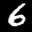
Label: 6